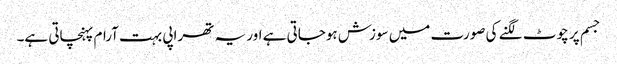
جسم پر چوٹ لگنے کی صورت میں سوزش ہوجاتی ہے اور یہ تھراپی بہت آرام پہنچاتی ہے۔